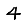
Digit: 4